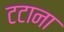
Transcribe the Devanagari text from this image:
टटाना